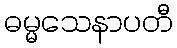
ဓမ္မသေနာပတီ